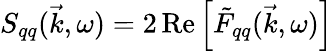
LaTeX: S_{qq}(\vec{k},\omega)=2\operatorname{Re}\left[\tilde{F}_{qq}(\vec{k},\omega)\right]